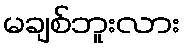
မချစ်ဘူးလား